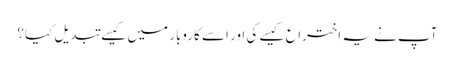
آپ نے یہ اختراع کیسے کی اور اسے کاروبار میں کیسے تبدیل کیا؟